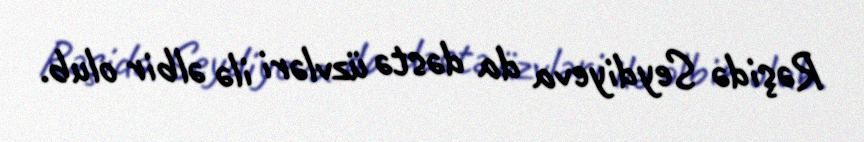
Rəşidə Seydiyeva da dəstə üzvləri ilə əlbir olub.